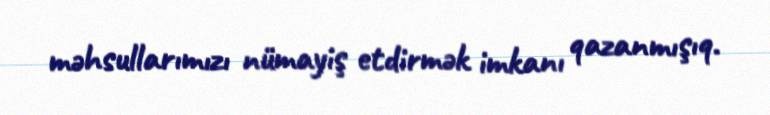
məhsullarımızı nümayiş etdirmək imkanı qazanmışıq.